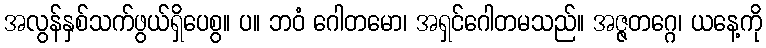
အလွန်နှစ်သက်ဖွယ်ရှိပေစွ။ ပ။ ဘဝံ ဂေါတမော၊ အရှင်ဂေါတမသည်။ အဇ္ဇတဂ္ဂေ၊ ယနေ့ကို